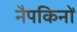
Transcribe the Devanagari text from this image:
नैपकिनों